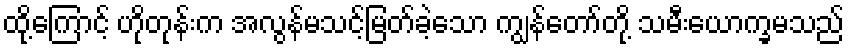
ထို့ကြောင့် ဟိုတုန်းက အလွန်မသင့်မြတ်ခဲ့သော ကျွန်တော်တို့ သမီးယောက္ခမသည်